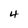
Character: 4